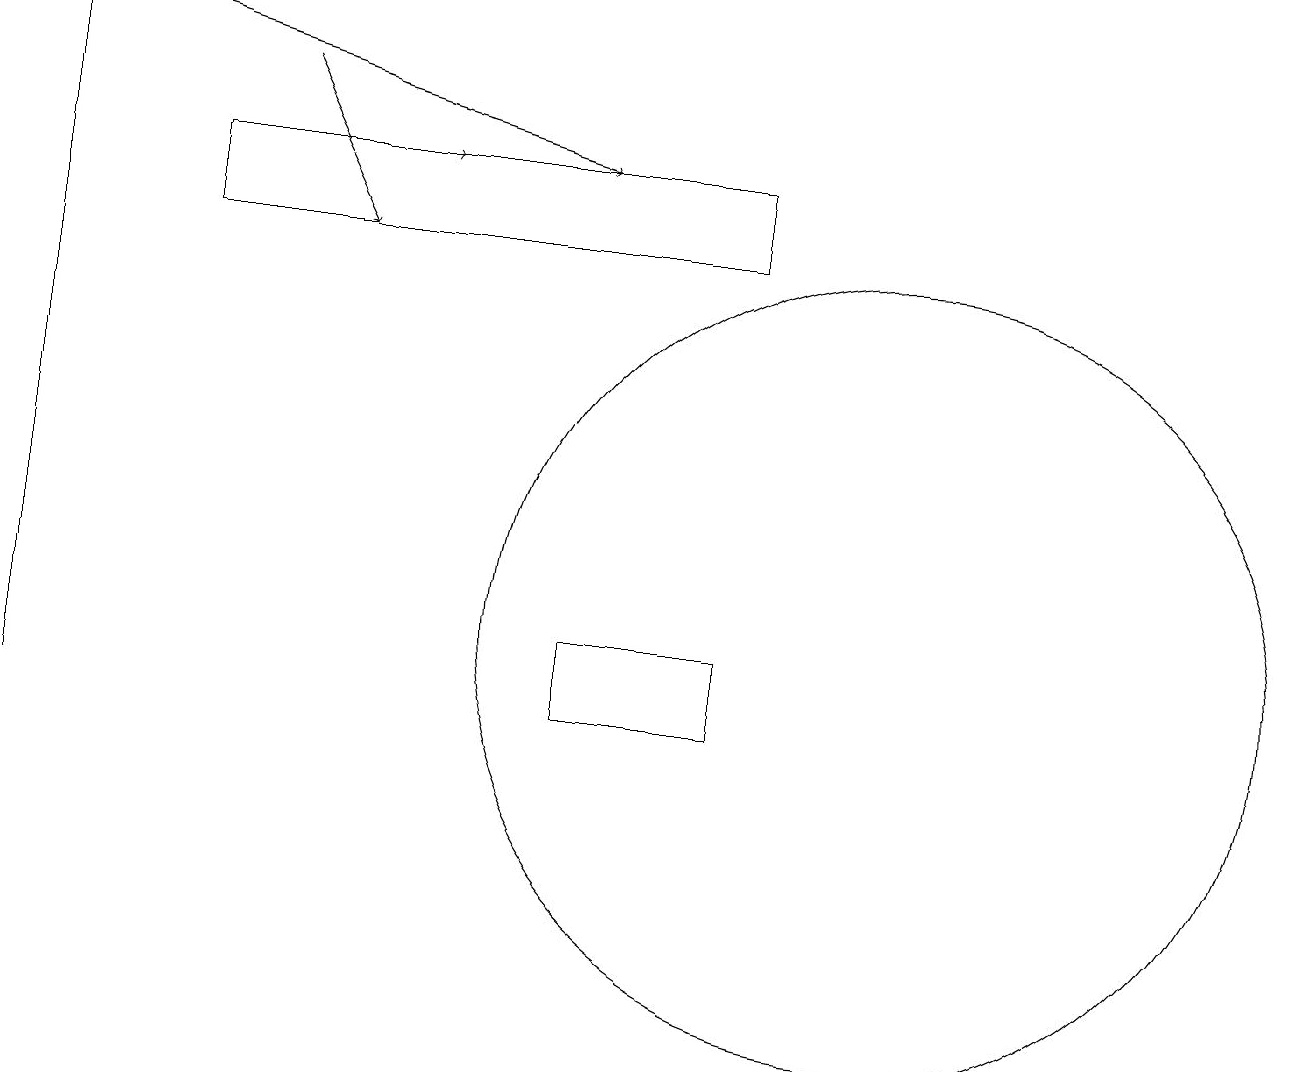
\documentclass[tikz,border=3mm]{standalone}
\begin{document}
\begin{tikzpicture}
\draw[->] (0,10) -- (0,19);
\draw (11,11) circle (5);
\draw[->] (3,18) -- (4,16);
\draw (9,11) rectangle (7,10);
\draw (2,17) rectangle (9,16);
\draw[->] (4,17) -- (5,17);
\draw[->] (0,19) -- (7,17);
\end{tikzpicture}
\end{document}